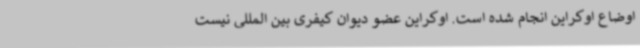
اوضاع اوکراین انجام شده است. اوکراین عضو دیوان کیفری بین المللی نیست